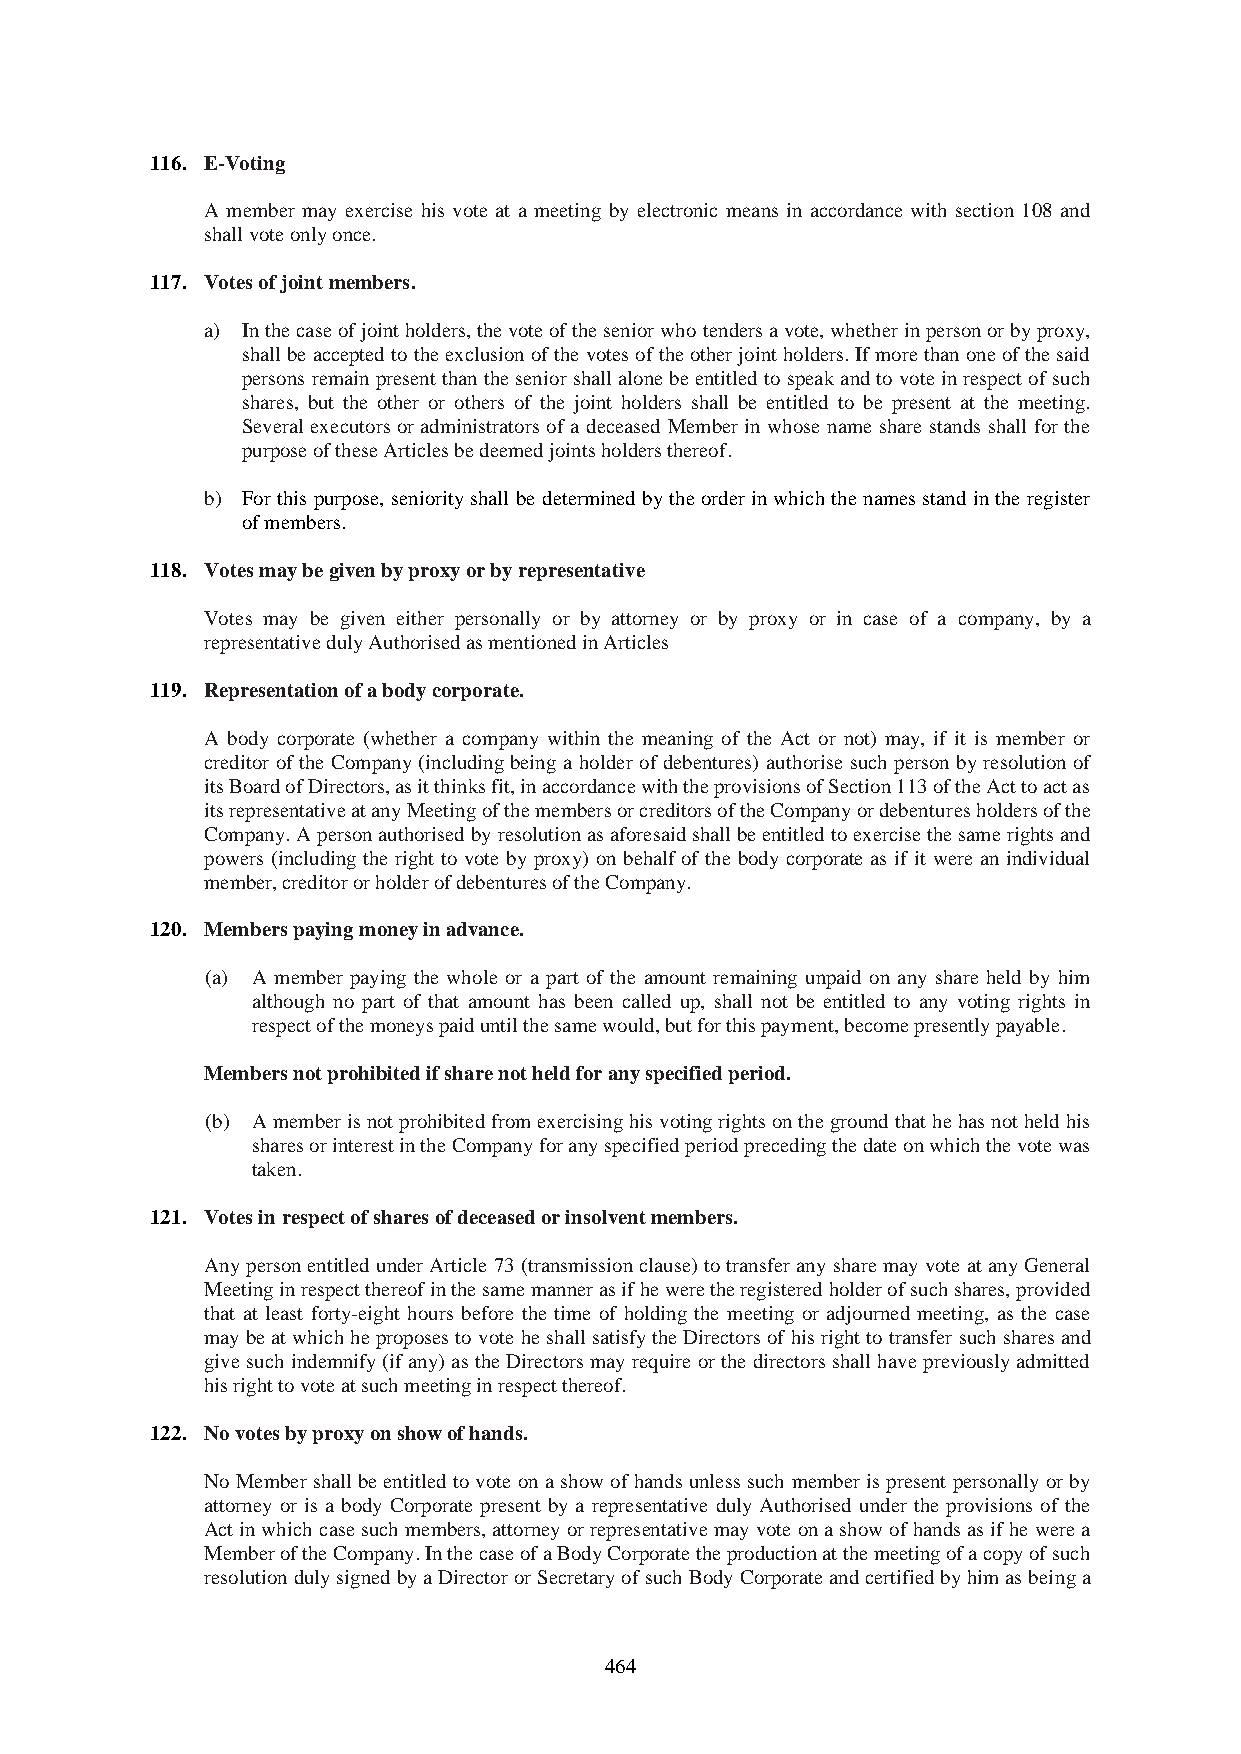
116. E-Voting
 A member may exercise his vote at a meeting by electronic means in accordance with section 108 and
 shall vote only once.
 117. Votes of joint members.
 a) In the case of joint holders, the vote of the senior who tenders a vote, whether in person or by proxy,
 shall be accepted to the exclusion of the votes of the other joint holders. If more than one of the said
 persons remain present than the senior shall alone be entitled to speak and to vote in respect of such
 shares, but the other or others of the joint holders shall be entitled to be present at the meeting.
 Several executors or administrators of a deceased Member in whose name share stands shall for the
 purpose of these Articles be deemed joints holders thereof.
 b) For this purpose, seniority shall be determined by the order in which the names stand in the register
 of members.
 118. Votes may be given by proxy or by representative
 Votes may be given either personally or by attorney or by proxy or in case of a company, by a
 representative duly Authorised as mentioned in Articles
 119. Representation of a body corporate.
 A body corporate (whether a company within the meaning of the Act or not) may, if it is member or
 creditor of the Company (including being a holder of debentures) authorise such person by resolution of
 its Board of Directors, as it thinks fit, in accordance with the provisions of Section 113 of the Act to act as
 its representative at any Meeting of the members or creditors of the Company or debentures holders of the
 Company. A person authorised by resolution as aforesaid shall be entitled to exercise the same rights and
 powers (including the right to vote by proxy) on behalf of the body corporate as if it were an individual
 member, creditor or holder of debentures of the Company.
 120. Members paying money in advance.
 (a) A member paying the whole or a part of the amount remaining unpaid on any share held by him
 although no part of that amount has been called up, shall not be entitled to any voting rights in
 respect of the moneys paid until the same would, but for this payment, become presently payable.
 Members not prohibited if share not held for any specified period.
 (b) A member is not prohibited from exercising his voting rights on the ground that he has not held his
 shares or interest in the Company for any specified period preceding the date on which the vote was
 taken.
 121. Votes in respect of shares of deceased or insolvent members.
 Any person entitled under Article 73 (transmission clause) to transfer any share may vote at any General
 Meeting in respect thereof in the same manner as if he were the registered holder of such shares, provided
 that at least forty-eight hours before the time of holding the meeting or adjourned meeting, as the case
 may be at which he proposes to vote he shall satisfy the Directors of his right to transfer such shares and
 give such indemnify (if any) as the Directors may require or the directors shall have previously admitted
 his right to vote at such meeting in respect thereof.
 122. No votes by proxy on show of hands.
 No Member shall be entitled to vote on a show of hands unless such member is present personally or by
 attorney or is a body Corporate present by a representative duly Authorised under the provisions of the
 Act in which case such members, attorney or representative may vote on a show of hands as if he were a
 Member of the Company. In the case of a Body Corporate the production at the meeting of a copy of such
 resolution duly signed by a Director or Secretary of such Body Corporate and certified by him as being a
 464